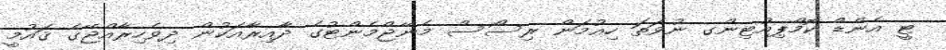
ޓީ އެންޑް ކޮމްޕިއުޓިންގ ނުވަތަ ހިއުމަން ރިސޯސް މެނޭޖްމެންޓުގެ ދާއިރާއަކުން ދިވެހިރާއްޖޭގެ ޤައުމީ